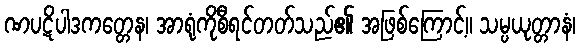
ဏပဋိပါဒကတ္တေန၊ အာရုံကိုစီရင်တတ်သည်၏ အဖြစ်ကြောင့်။ သမ္ပယုတ္တာနံ၊